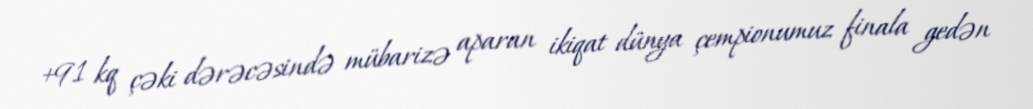
+91 kq çəki dərəcəsində mübarizə aparan ikiqat dünya çempionumuz finala gedən